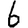
Digit: 6